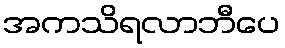
အကသိရလာဘီပေ